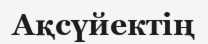
Ақсүйектің